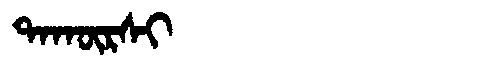
Manchu: ᡨᠠᡴᡡᡵᠰᡳ
Romanization: TAKŪRSI